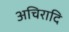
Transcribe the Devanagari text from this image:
अचिरादि